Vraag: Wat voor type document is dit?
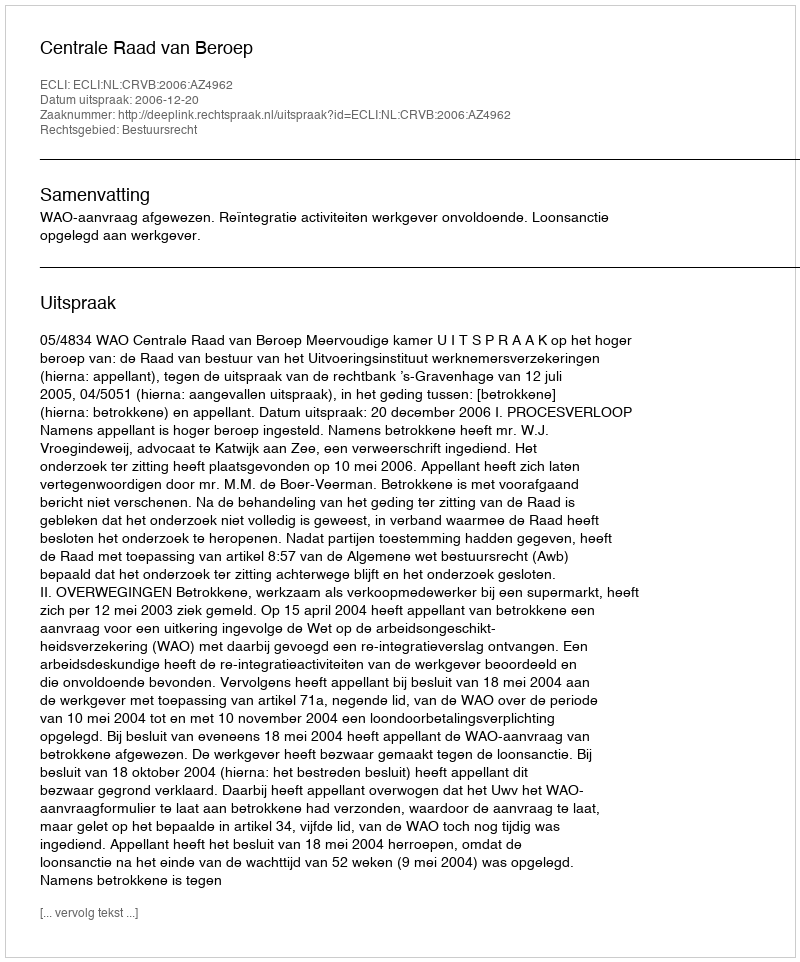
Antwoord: Uitspraak